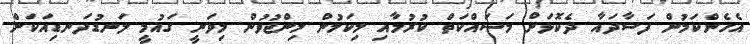
އެހެންކަމުން ފަސާދައާ ދެކޮޅަށް މަސައްކަތް ކުރުމާއި މިކަމުން މިންޖުވުން މިވަނީ ގައުމީ ލަނޑުދަނޑިއަކަށް